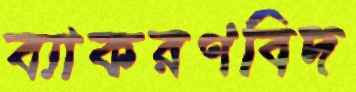
ব্যাকরণবিদ